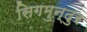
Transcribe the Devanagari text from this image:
सिगमुन्दुर